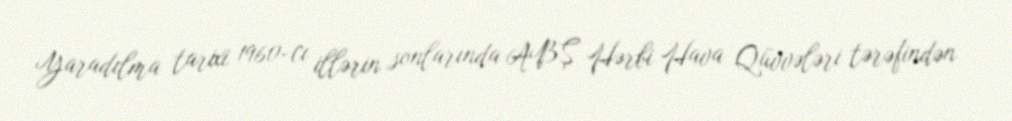
Yaradılma tarixi 1960-cı illərin sonlarında ABŞ Hərbi Hava Qüvvələri tərəfindən